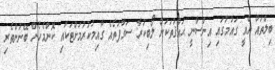
ބިލްތައް އެއީ ގައުމުގައި އިންސާނީ ޙައްޤުތަކަށް ލޯބިކުރާ ސަގާފަތެއް ގާއިމުކުރުމަށްޓަކައި ކޮންމެހެން ބޭނުންތެރި